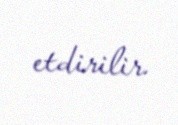
etdirilir.